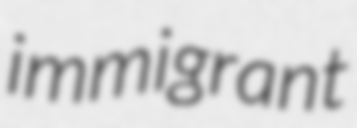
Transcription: immigrant